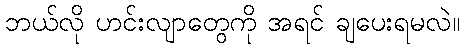
ဘယ်လို ဟင်းလျာတွေကို အရင် ချပေးရမလဲ။